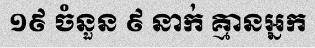
១៩ ចំនួន ៩ នាក់ គ្មានអ្នក